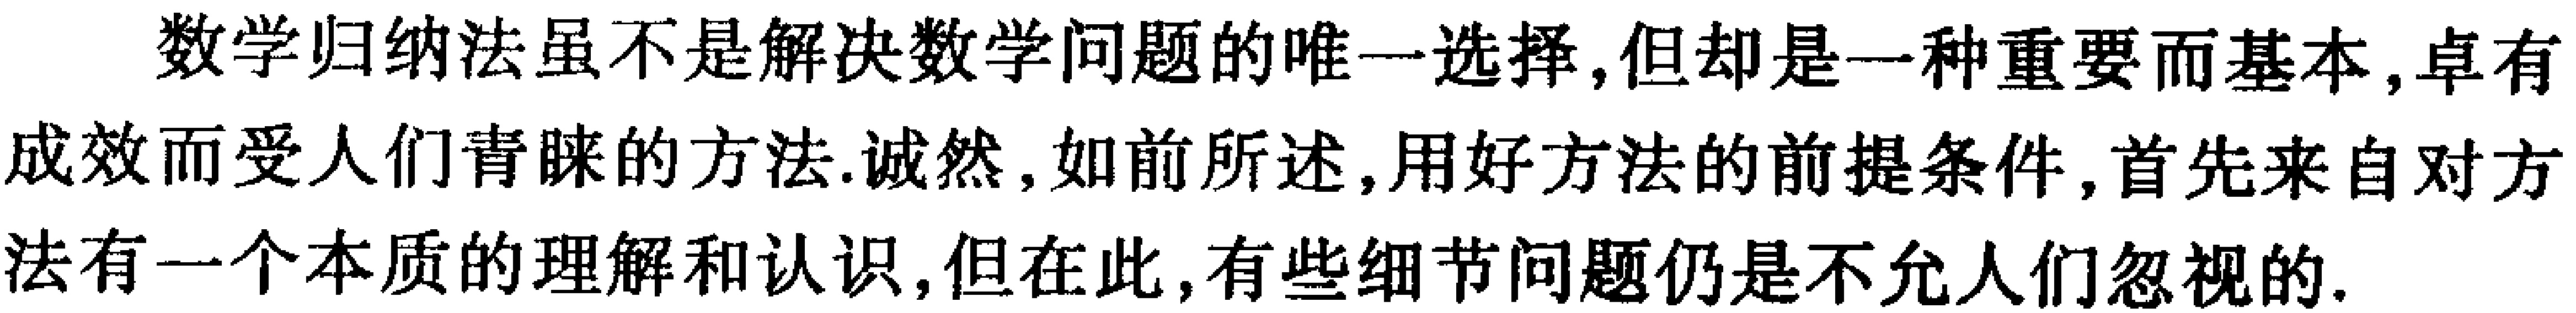
数学归纳法虽不是解决数学问题的唯一选择,但却是一种重要而基本,卓有成效而受人们青睐的方法.诚然,如前所述,用好方法的前提条件,首先来自对方法有一个本质的理解和认识,但在此,有些细节问题仍是不允人们忽视的.